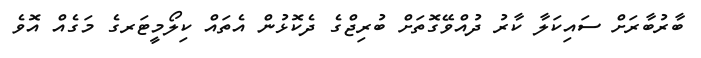
ބާރުބާރަށް ސައިކަލާ ކާރު ދުއްވޭގޮތަށް ބުރިޖްގެ ދެކޮޅުން އެތައް ކިލޯމީޓަރގެ މަގެއް އޮވެ